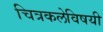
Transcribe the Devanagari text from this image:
चित्रकलेविषयी